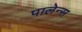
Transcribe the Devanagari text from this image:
पालेन्स